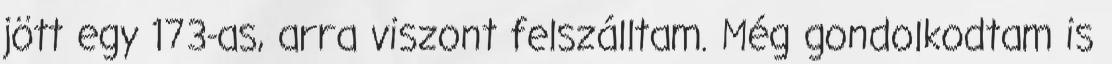
jött egy 173-as, arra viszont felszálltam. Még gondolkodtam is